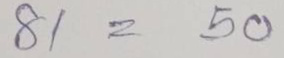
81 = 50